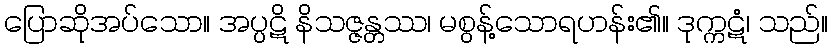
ပြောဆိုအပ်သော။ အပ္ပဋိ နိသဇ္ဇန္တဿ၊ မစွန့်သောရဟန်း၏။ ဒုက္ကဋံ၊ သည်။